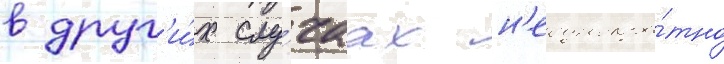
в друг'и́х слу́чаах н'еоднокра́тно